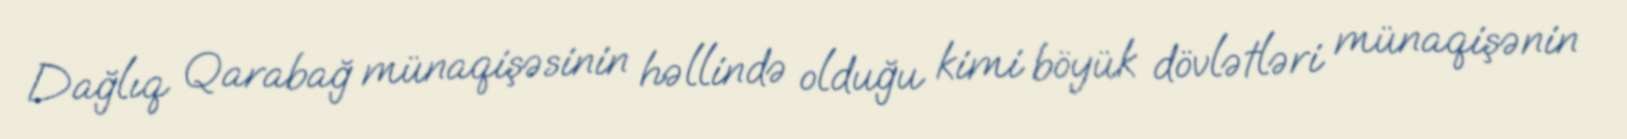
Dağlıq Qarabağ münaqişəsinin həllində olduğu kimi böyük dövlətləri münaqişənin